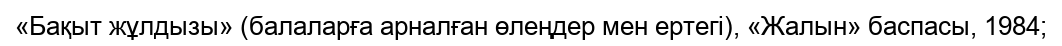
«Бақыт жұлдызы» (балаларға арналған өлеңдер мен ертегі), «Жалын» баспасы, 1984;